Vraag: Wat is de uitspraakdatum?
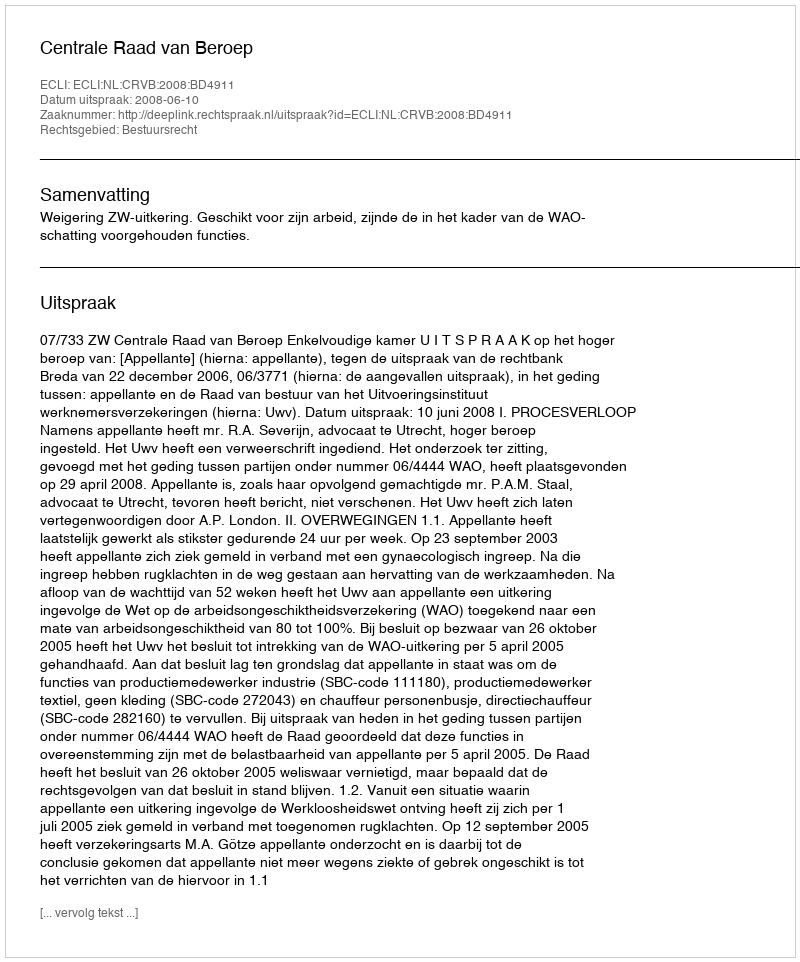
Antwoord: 2008-06-10